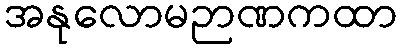
အနုလောမဉာဏကထာ